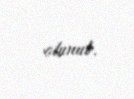
olunub.